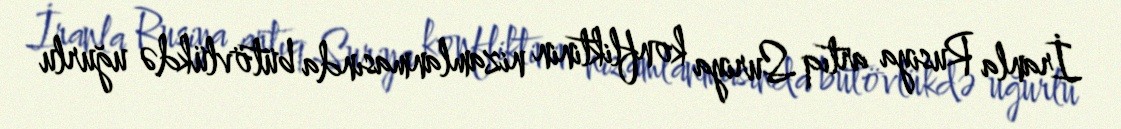
İranla Rusiya artıq Suriya konfliktinin nizamlanmasında bütövlükdə uğurlu